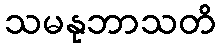
သမနုဘာသတိ